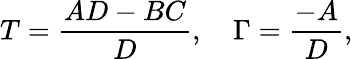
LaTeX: T=\frac{AD-BC}{D},\quad\Gamma=\frac{-A}{D},